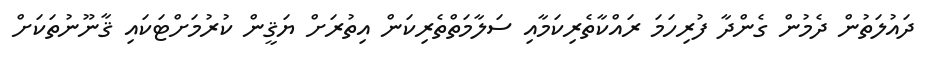
ދައުލަތުން ދެމުން ގެންދާ ފުރިހަމަ ރައްކާތެރިކަމާއި ސަލާމަތްތެރިކަން އިތުރަށް ޔަޤީން ކުރުމަށްޓަކައި ޤާނޫނުތަކަށް